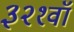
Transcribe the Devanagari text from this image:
३२१वॉ